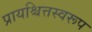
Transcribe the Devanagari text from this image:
प्रायश्चित्तस्वरूप